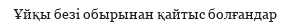
Ұйқы безі обырынан қайтыс болғандар